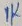
Text: 1K